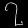
Digit: ၇